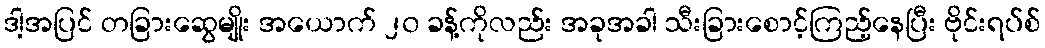
ဒါ့အပြင် တခြားဆွေမျိုး အယောက် ၂၀ ခန့်ကိုလည်း အခုအခါ သီးခြားစောင့်ကြည့်နေပြီး ဗိုင်းရပ်စ်